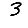
Digit: 3